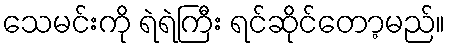
သေမင်းကို ရဲရဲကြီး ရင်ဆိုင်တော့မည်။